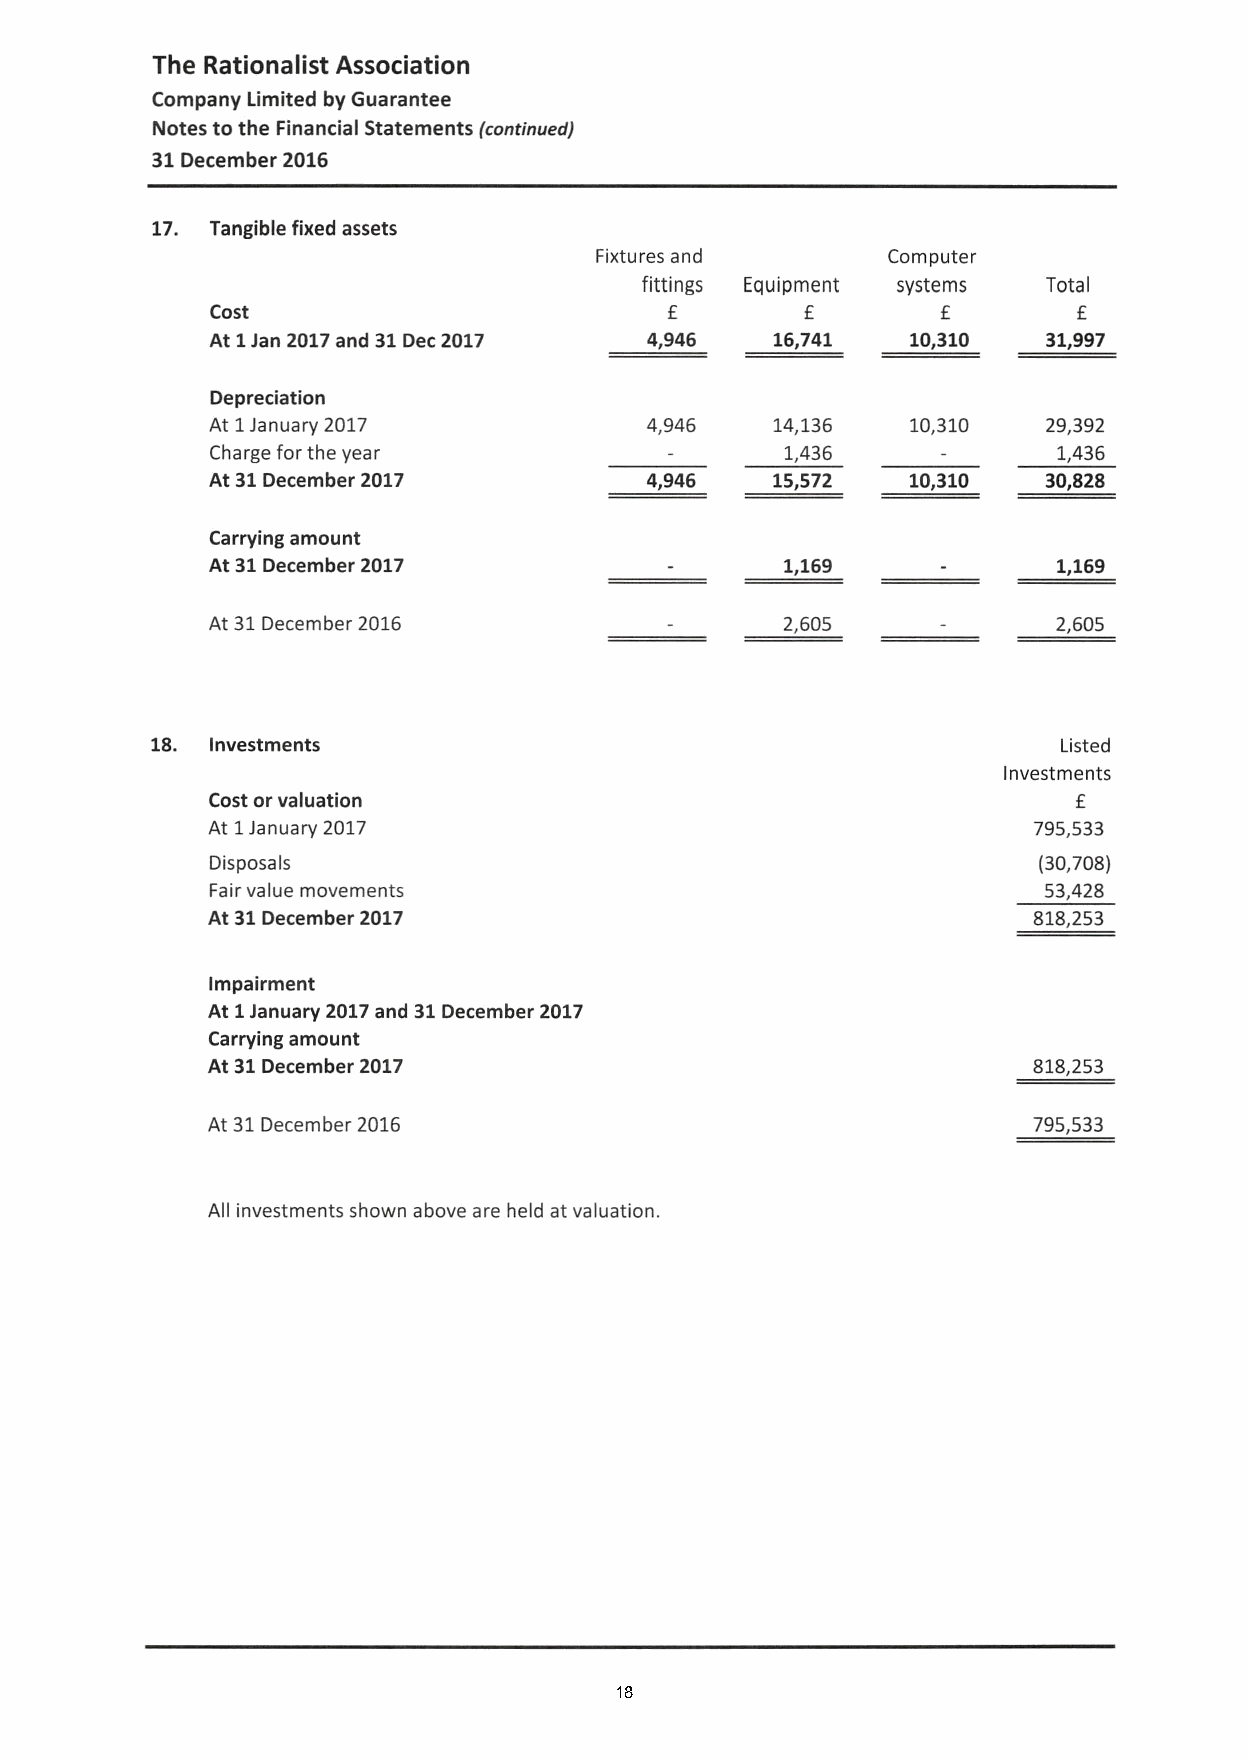
The Rationalist Association
 CompanyLimited byGuarantee
 Notestothe Financial Statements (continued)
 31 December2016
 17. Tangiblefixed assets
 Fixtures and        Computer
 fittings Equipment systems Total
 Cost                          £        £        £        £
 At 1Jan 2017 and 31 Dec2017  4,946   16,741   10,310   31,997
 Depreciation
 At 1January 2017             4,946   14,136   10,310   29/392
 Chargeforthe year                     1,436             1,436
 At 31 December2017           4,946   15,572   10,310   30,828
 Carryingamount
 At 31 December2017                    1,169             1,169
 At 31 December2016                    2,605             2,605
 18. Investments                                             Listed
 Investments
 Costorvaluation                                          £
 At 1January2017                                       795,533
 Disposals                                              (30/708)
 Fairvalue movements                                    53,428
 At 31 December2017                                    818/253
 Impairment
 At 1January2017and 31 December2017
 Carryingamount
 At 31 December2017                                    818/253
 At31 December2016                                     795/533
 All investmentsshown above are held atvaluation.
 18